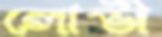
লোভী